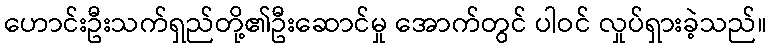
ဟောင်းဦးသက်ရှည်တို့၏ဦးဆောင်မှု အောက်တွင် ပါဝင် လှုပ်ရှားခဲ့သည်။